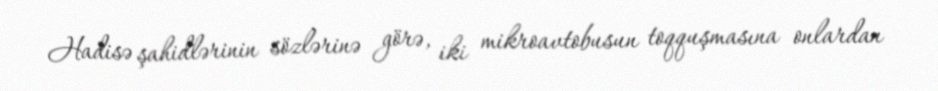
Hadisə şahidlərinin sözlərinə görə, iki mikroavtobusun toqquşmasına onlardan